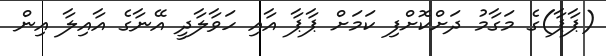
(ޕާޕާ)ގެ މަގާމު ދަށްކޮށްފި ކަމަށް ޕާޕާ އާއި ހަވާލާދީ އޭނާގެ އާއިލާ އިން